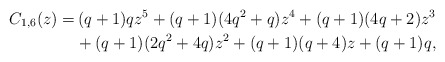
\begin{align*} C_{1,6}(z) = & \,(q+1) q z^5+(q+1) (4 q^2+q) z^4+(q+1) (4 q+2) z^3\\ & +(q+1) (2 q^2+4 q) z^2+(q+1) (q+4) z+(q+1) q,\end{align*}